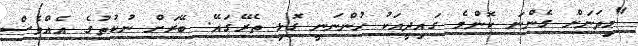
"މިތަނަށް ގެންނަ ކޮންމެ ގައިދީއަކު ހުންނަނީ ގޮޅި ތެރޭގައޭ. ބޭރަށް ނުކުތުގެ އެއްވެސް